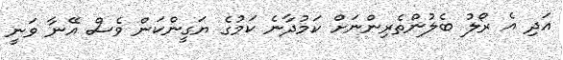
އަދި އެ ރޯލު ބެލުންތެރިންނަށް ކަމުދާނެ ކަމުގެ ޔަގީންކަން ވެސް އޭނާ ވަނީ